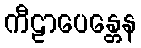
ကီဠာပေန္တေန